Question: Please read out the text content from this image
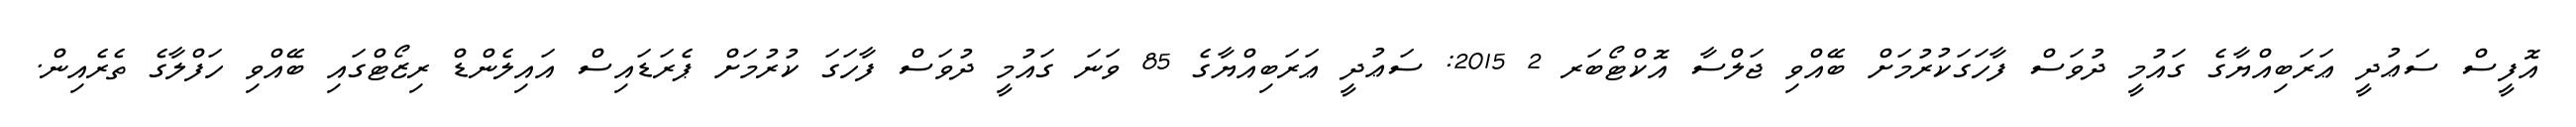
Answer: އޮފީސް ސަޢުދީ ޢަރަބިއްޔާގެ ގައުމީ ދުވަސް ފާހަގަކުރުމަށް ބޭއްވި ޖަލްސާ އޮކްޓޯބަރ 2 2015: ސަޢުދީ ޢަރަބިއްޔާގެ 85 ވަނަ ގައުމީ ދުވަސް ފާހަގަ ކުރުމަށް ޕެރަޑައިސް އައިލެންޑް ރިޒޯޓްގައި ބޭއްވި ހަފްލާގެ ތެރެއިން.